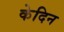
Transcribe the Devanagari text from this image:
केदिन